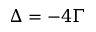
\Delta = - 4 \Gamma